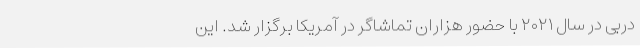
دِربی در سال ۲۰۲۱ با حضور هزاران تماشاگر در آمریکا برگزار شد. این